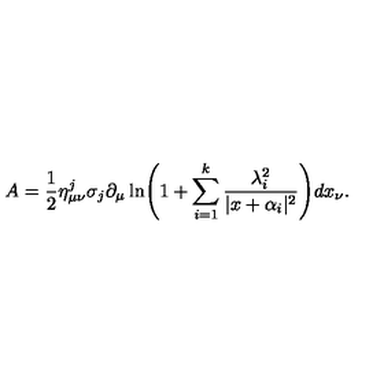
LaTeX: A = \frac { 1 } { 2 } { \eta } _ { \mu \nu } ^ { j } \sigma _ { j } \partial _ { \mu } \ln \Biggl ( 1 + \sum _ { i = 1 } ^ { k } \frac { \lambda _ { i } ^ { 2 } } { | x + \alpha _ { i } | ^ { 2 } } \Biggr ) d x _ { \nu } .